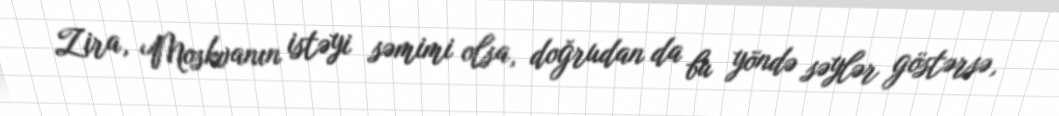
Zira, Moskvanın istəyi səmimi olsa, doğrudan da bu yöndə səylər göstərsə,